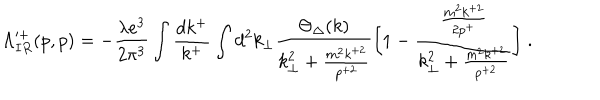
LaTeX: \Lambda _ { I R } ^ { \prime + } ( p , p ) = - { \frac { \lambda e ^ { 3 } } { 2 \pi ^ { 3 } } } \int { \frac { d k ^ { + } } { k ^ { + } } } \int d ^ { 2 } k _ { \perp } { \frac { \Theta _ { \Delta } ( k ) } { k _ { \perp } ^ { 2 } + { \frac { m ^ { 2 } k ^ { + 2 } } { p ^ { + 2 } } } } } \biggl [ 1 - { \frac { \frac { m ^ { 2 } k ^ { + 2 } } { 2 p ^ { + } } } { k _ { \perp } ^ { 2 } + { \frac { m ^ { 2 } k ^ { + 2 } } { p ^ { + 2 } } } } } \biggr ] \; .